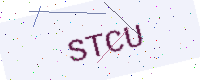
Text: STCU